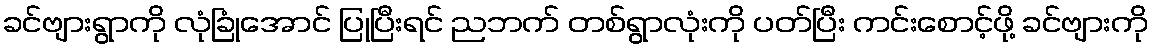
ခင်ဗျားရွာကို လုံခြုံအောင် ပြုပြီးရင် ညဘက် တစ်ရွာလုံးကို ပတ်ပြီး ကင်းစောင့်ဖို့ ခင်ဗျားကို